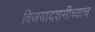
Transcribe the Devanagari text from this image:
विजयादशमीच्याच